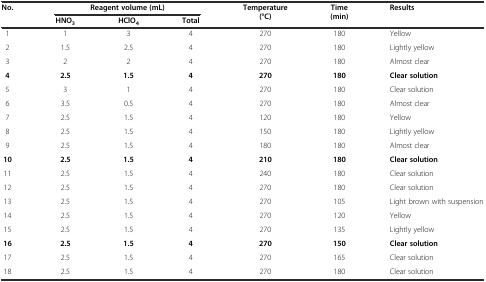
<table><thead><tr><td><b>No.</b></td><td colspan="3"><b>Reagent volume (mL)</b></td><td><b>Temperature (°C)</b></td><td><b>Time (min)</b></td><td><b>Results</b></td></tr><tr><td></td><td><b>HNO<sub>3</sub></b></td><td><b>HClO<sub>4</sub></b></td><td><b>Total</b></td><td></td><td></td><td></td></tr></thead><tbody><tr><td>1</td><td>1</td><td>3</td><td>4</td><td>270</td><td>180</td><td>Yellow</td></tr><tr><td>2</td><td>1.5</td><td>2.5</td><td>4</td><td>270</td><td>180</td><td>Lightly yellow</td></tr><tr><td>3</td><td>2</td><td>2</td><td>4</td><td>270</td><td>180</td><td>Almost clear</td></tr><tr><td><b>4</b></td><td><b>2.5</b></td><td><b>1.5</b></td><td><b>4</b></td><td><b>270</b></td><td><b>180</b></td><td><b>Clear solution</b></td></tr><tr><td>5</td><td>3</td><td>1</td><td>4</td><td>270</td><td>180</td><td>Clear solution</td></tr><tr><td>6</td><td>3.5</td><td>0.5</td><td>4</td><td>270</td><td>180</td><td>Almost clear</td></tr><tr><td>7</td><td>2.5</td><td>1.5</td><td>4</td><td>120</td><td>180</td><td>Yellow</td></tr><tr><td>8</td><td>2.5</td><td>1.5</td><td>4</td><td>150</td><td>180</td><td>Lightly yellow</td></tr><tr><td>9</td><td>2.5</td><td>1.5</td><td>4</td><td>180</td><td>180</td><td>Almost clear</td></tr><tr><td><b>10</b></td><td><b>2.5</b></td><td><b>1.5</b></td><td><b>4</b></td><td><b>210</b></td><td><b>180</b></td><td><b>Clear solution</b></td></tr><tr><td>11</td><td>2.5</td><td>1.5</td><td>4</td><td>240</td><td>180</td><td>Clear solution</td></tr><tr><td>12</td><td>2.5</td><td>1.5</td><td>4</td><td>270</td><td>180</td><td>Clear solution</td></tr><tr><td>13</td><td>2.5</td><td>1.5</td><td>4</td><td>270</td><td>105</td><td>Light brown with suspension</td></tr><tr><td>14</td><td>2.5</td><td>1.5</td><td>4</td><td>270</td><td>120</td><td>Yellow</td></tr><tr><td>15</td><td>2.5</td><td>1.5</td><td>4</td><td>270</td><td>135</td><td>Lightly yellow</td></tr><tr><td><b>16</b></td><td><b>2.5</b></td><td><b>1.5</b></td><td><b>4</b></td><td><b>270</b></td><td><b>150</b></td><td><b>Clear solution</b></td></tr><tr><td>17</td><td>2.5</td><td>1.5</td><td>4</td><td>270</td><td>165</td><td>Clear solution</td></tr><tr><td>18</td><td>2.5</td><td>1.5</td><td>4</td><td>270</td><td>180</td><td>Clear solution</td></tr></tbody></table>